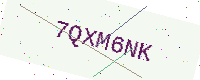
Text: 7QXM6NK